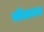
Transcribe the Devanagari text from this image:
सीतायन